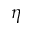
\eta